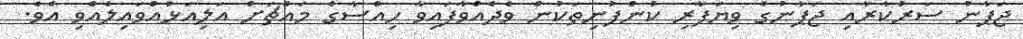
ޖަޕާނު ސަރުކާރާއި ޖަޕާނުގެ ވިޔަފާރި ކުންފުނިތަކުން ވެދެއްވާފައިވާ ހިއްސާގެ މައްޗަށް އަލިއަޅުއްވައިލެއްވި އެވެ.